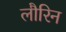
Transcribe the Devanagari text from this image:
लौरिन